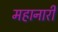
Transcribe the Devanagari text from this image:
महानारी